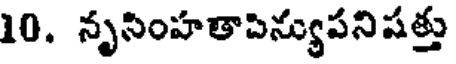
10. నృసింహతాపిన్యుపనిషత్తు